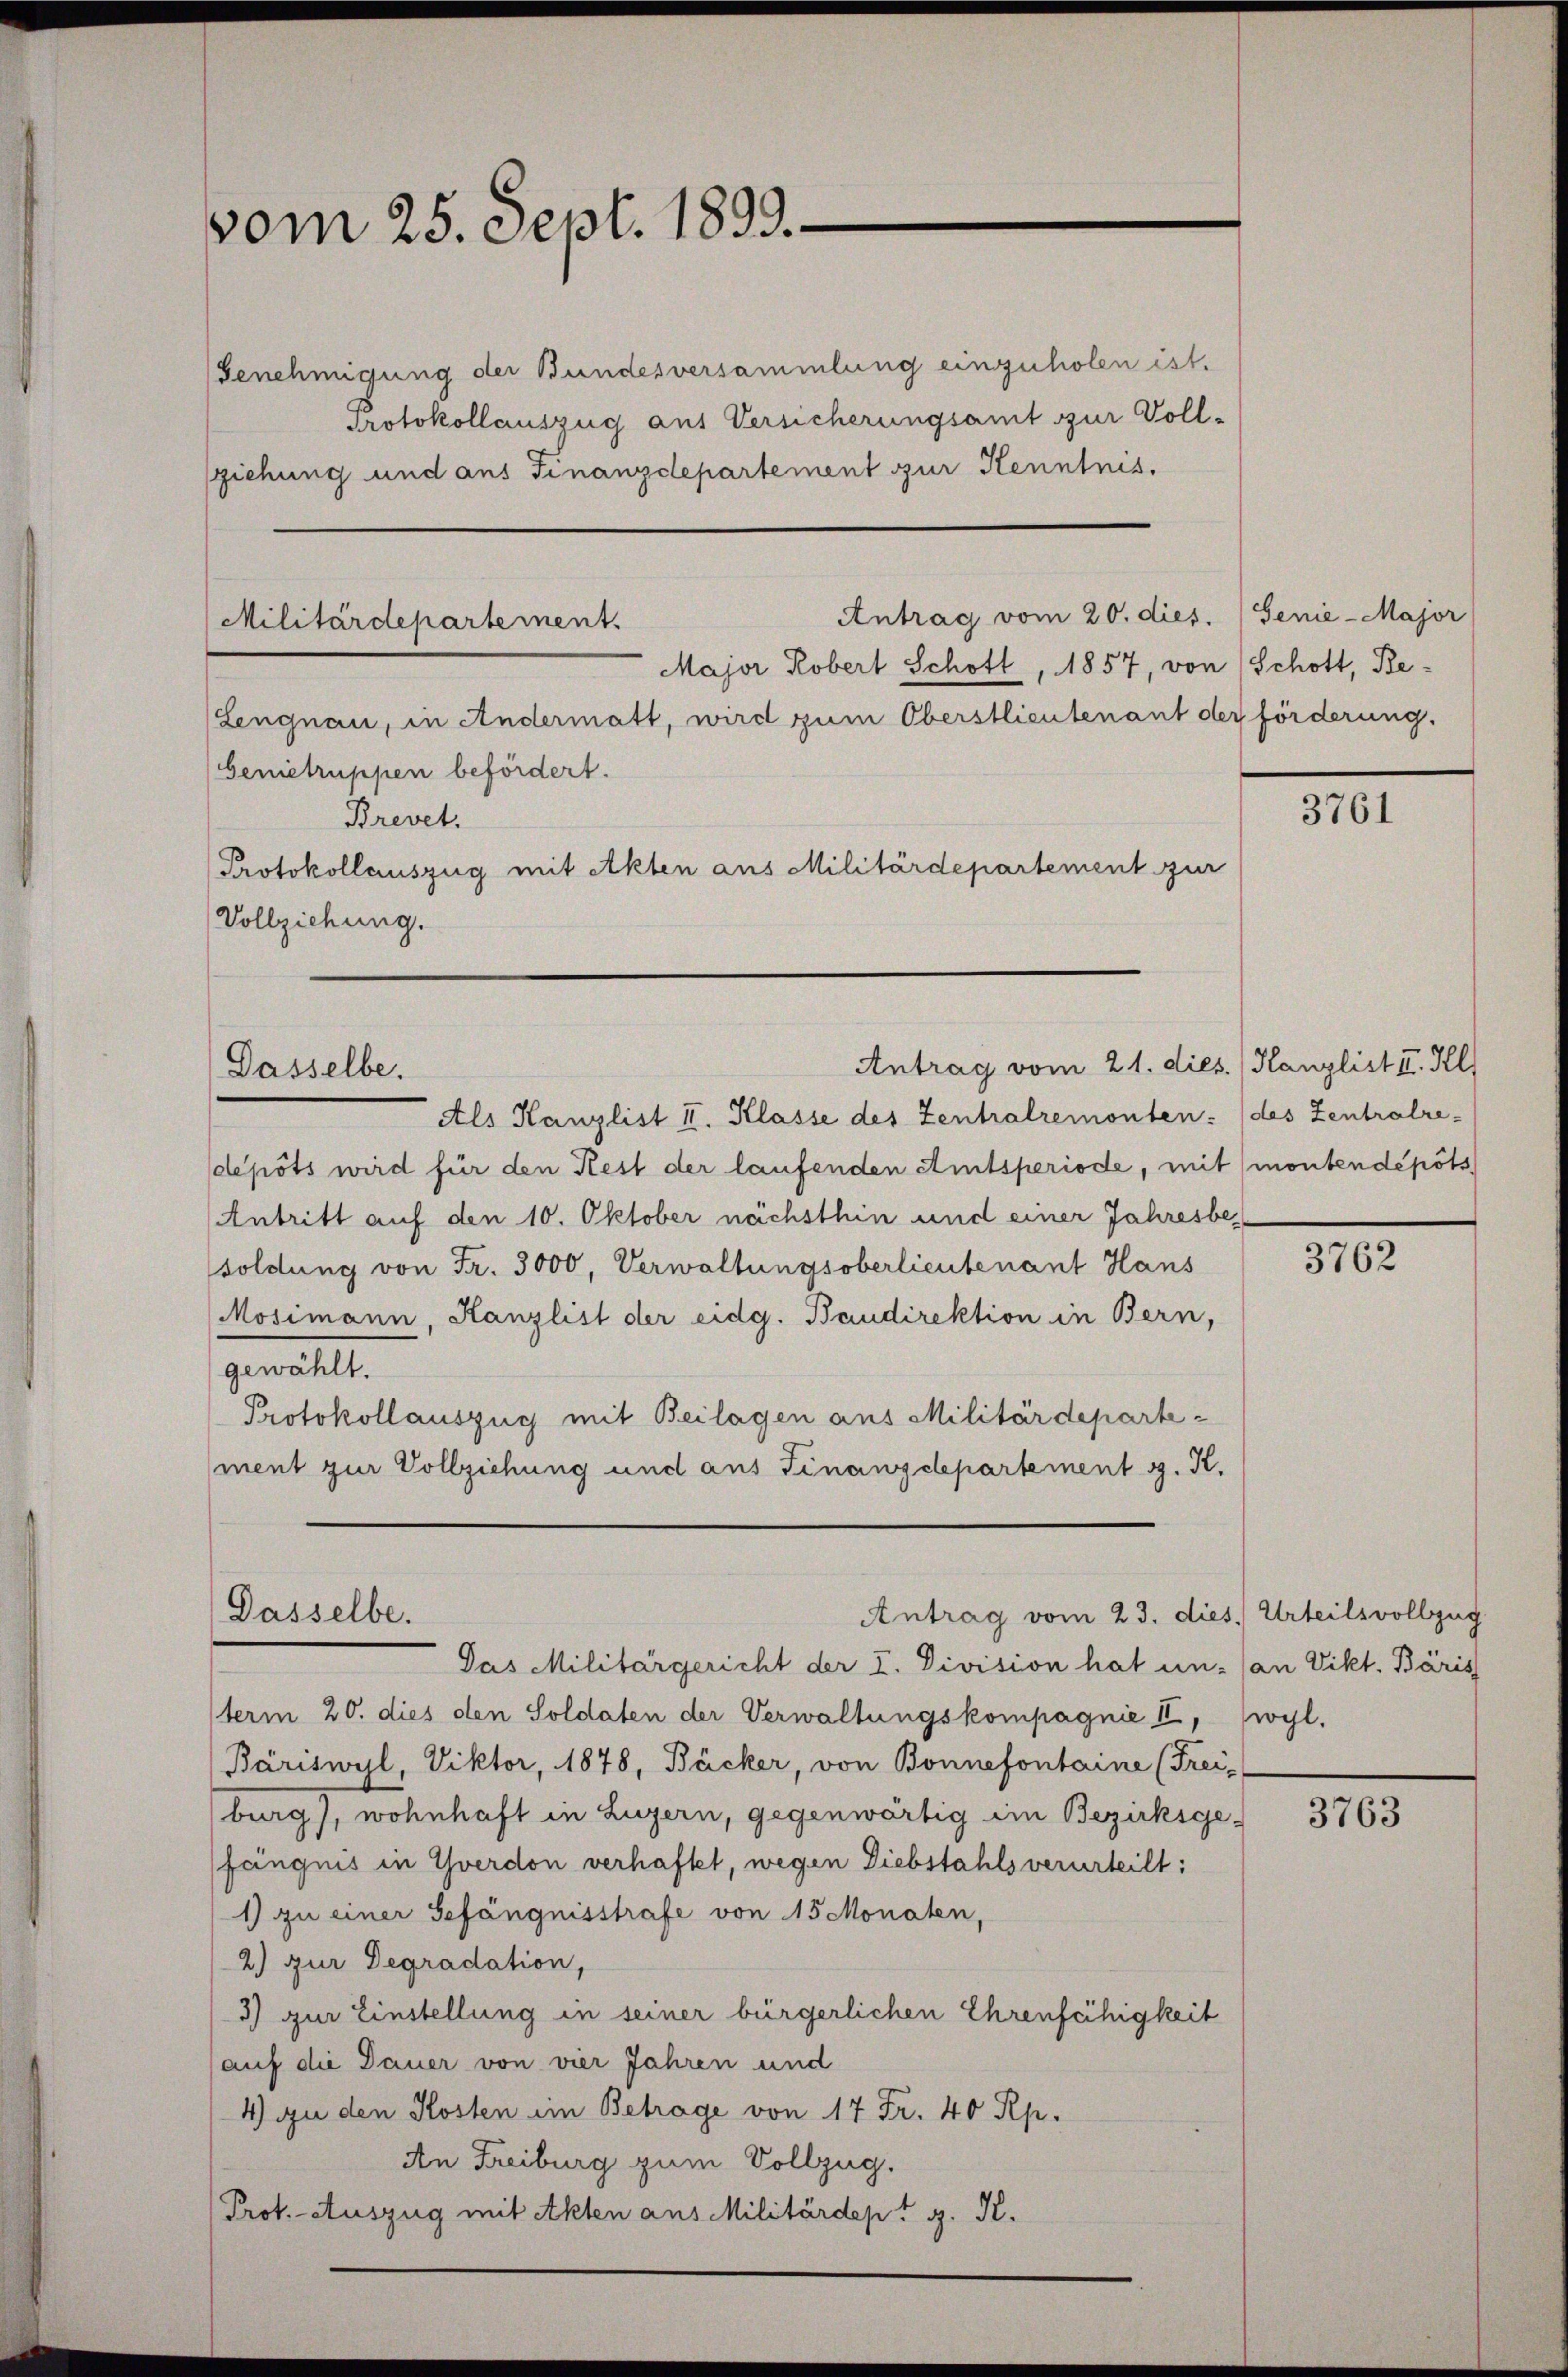
vom 25. Sept. 1899.

Genehmigung der Bundesversammlung einzuholen ist.
Protokollauszug aus Versicherungsamt zur Voll¬
(ziehung und aus Finanzdepartement zur Kenntnis.

Antrag vom 20. dies. (Genie-Major
Militärdepartement.
Major Robert Schott, 1857, von Schott, Be¬
Lengnau, in Andermatt, wird zum Oberstlieutenant der förderung.
Genietruppen befördert.
Brevet.
Protokollauszug mit Akten aus Militärdepartement zur
Vollziehung.

Dasselbe.

Antrag vom 21. dies. / Kanzlist III. Kl

Dasselbe.
Antrag vom 23. dies. Urteilsvollzug

Als Kanzlist II. Klasse des Zentralremonten (des Zentralre-
depots wird für den Kest der laufenden Amtsperiode, mit montendepots
Antritt auf den 10. Oktober nächsthin und einer Jahresbesoldung von Fr. 3000, Verwaltungsoberlieutenant Hans
Mosimann, Kanzlist der eidg. Baudirektion in Bern,
gewählt.
Protokollauszug mit Beilagen aus Militärdepartement zur Vollziehung und aus Finanzdepartement g. K.

Das Militärgericht der I. Division hat un- (an Vikt. Bäris
term 20. dies den Soldaten der Verwaltungskompagnie II, (wyl.
Bäriswyl, Viktor, 1878, Bäcker, von Bonnefontaine (Frei-
burg), wohnhaft in Luzern, gegenwärtig im Bezirksge-
fängnis in Yverdon verhaftet, wegen Diebstahls verurteilt:
1) zu einer Gefängnisstrafe von 15 Monaten,
2) zur Degradation,
3) zur Einstellung in seiner bürgerlichen Ehrenfähigkeit
auf die Dauer von vier Jahren und
4) zu den Kosten im Betrage von 17 Fr. 40 Rp.
An Freiburg zum Vollzug.
Prot. Auszug mit Akten aus Militärdept g. K.

3761

3762

3763